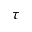
\tau